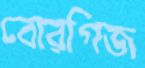
বোরগিজ